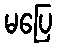
မပြေ